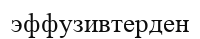
эффузивтерден